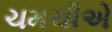
ચમચીએ